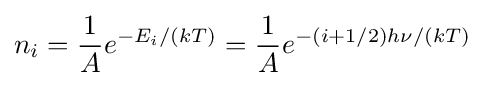
n_{i}={\frac {1}{A}}e^{-E_{i}/(kT)}={\frac {1}{A}}e^{-(i+1/2)h\nu /(kT)}